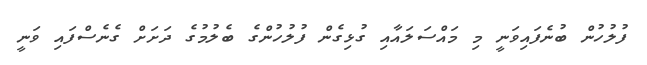
ފުލުހުން ބުނެފައިވަނީ މި މައްސަލައާއި ގުޅިގެން ފުލުހުންގެ ބެލުމުގެ ދަށަށް ގެނެސްފައި ވަނީ